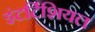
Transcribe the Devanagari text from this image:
इंटर्टिशियल